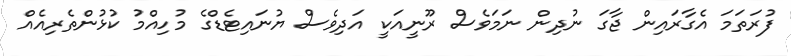
ފުރަތަމަ އެގާރައިން ޖާގަ ނުދިން ނަމަވެސް ރޫނީއަކީ އަދިވެސް ޔުނައިޓެޑްގެ މުހިއްމު ކުޅުންތެރިއެއް